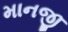
માનજી